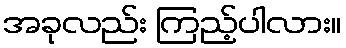
အခုလည်း ကြည့်ပါလား။